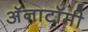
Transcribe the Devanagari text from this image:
अॅनाटॉमी